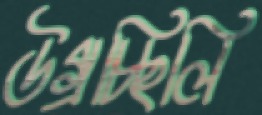
উগ্‌রচ্ছিলি